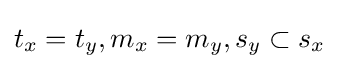
t_{x}=t_{y},m_{x}=m_{y},s_{y}\subset s_{x}